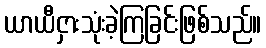
ယာယီငှားသုံးခဲ့ကြခြင်းဖြစ်သည်။